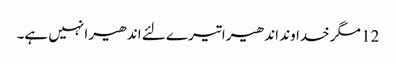
12 مگر خداوند اندھیرا تیرے لئے اندھیرا نہیں ہے۔